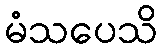
မံသပေသိ